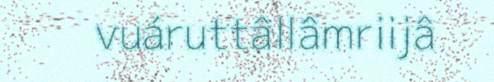
vuáruttâllâmriijâ